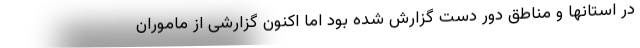
در استانها و مناطق دور دست گزارش شده بود اما اکنون گزارشی از ماموران